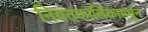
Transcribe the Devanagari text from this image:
नियतकालिंकांमधून